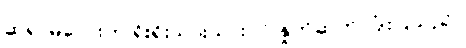
ဆရာမလေးက ရိုးရိုးသားသားပင် နှုတ်ဆက် ပြုံးပြသည်။